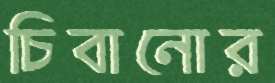
চিবানোর